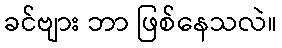
ခင်ဗျား ဘာ ဖြစ်နေသလဲ။